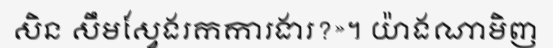
សិន សឹមស្វែងរកការងារ?»។ យ៉ាងណាមិញ